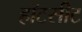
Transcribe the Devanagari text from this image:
हॉटसीट